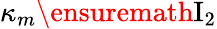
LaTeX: \kappa_{m}\ensuremath{\mathrm{I}_{2}}